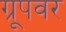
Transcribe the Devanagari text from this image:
ग्रूपवर